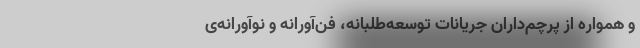
و همواره از پرچم‌داران جریانات توسعه‌طلبانه، فن‌آورانه و نوآورانه‌ی